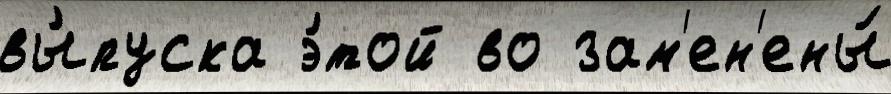
вы́пуска э́той во зам'ен'ены́